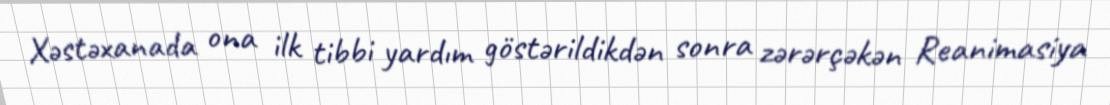
Xəstəxanada ona ilk tibbi yardım göstərildikdən sonra zərərçəkən Reanimasiya